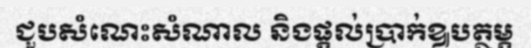
ជួបសំណេះសំណាល និងផ្តល់ប្រាក់ឩបត្ថម្ភ